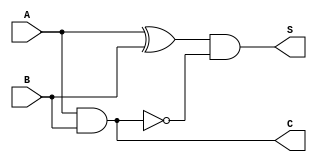
module Threshold_Half_Adder (
    input wire A,      // First binary input
    input wire B,      // Second binary input
    output wire S,     // Sum output
    output wire C      // Carry output
);

    // Sum output: S = A XOR B, but reset when both A and B are 1
    assign S = (A ^ B) & ~(A & B); // S is 1 if A xor B is 1 and not both A & B

    // Carry output: C = A AND B
    assign C = A & B; // C is 1 only when both A and B are 1

endmodule